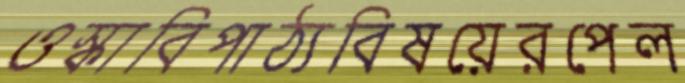
ওস্‌কাবিপাঠ্যবিষয়েরপেল